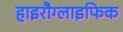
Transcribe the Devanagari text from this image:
हाइरौग्लाइफिक